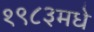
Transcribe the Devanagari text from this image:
१९८३मधे